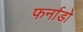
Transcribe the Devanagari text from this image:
फर्नाडो